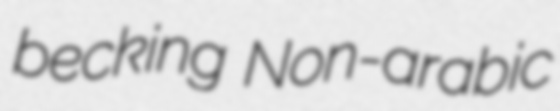
becking Non-arabic